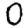
Digit: 0